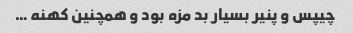
چیپس و پنیر بسیار بد مزه بود و همچنین کهنه …